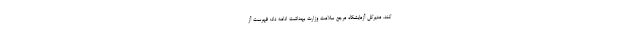
کند. مدیرکل آزمایشگاه مرجع سلامت وزارت بهداشت ادامه داد: فهرست آز